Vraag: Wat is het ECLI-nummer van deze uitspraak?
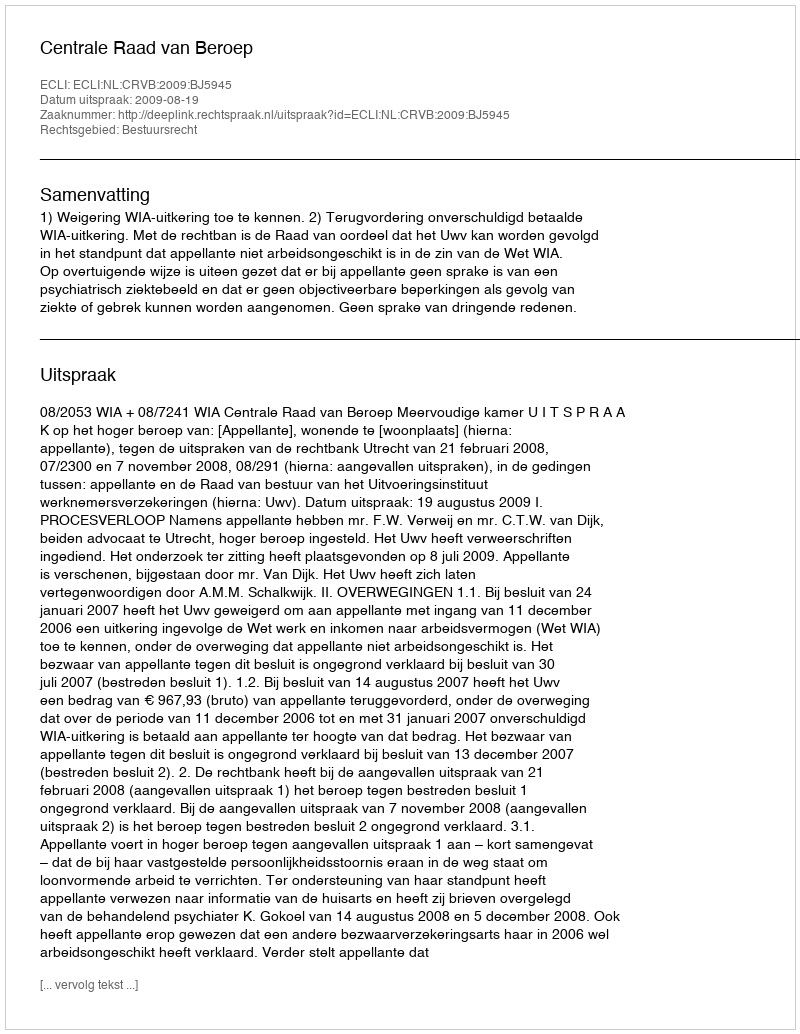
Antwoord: ECLI:NL:CRVB:2009:BJ5945